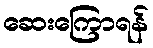
ဆေးကြောရန်